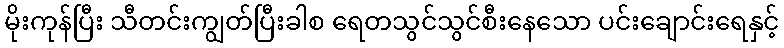
မိုးကုန်ပြီး သီတင်းကျွတ်ပြီးခါစ ရေတသွင်သွင်စီးနေသော ပင်းချောင်းရေနှင့်